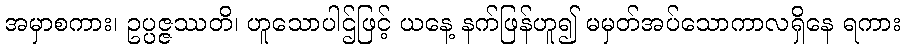
အမှာစကား၊ ဥပ္ပဇ္ဇဿတိ၊ ဟူသောပါဌ်ဖြင့် ယနေ့ နက်ဖြန်ဟူ၍ မမှတ်အပ်သောကာလရှိနေ ရကား